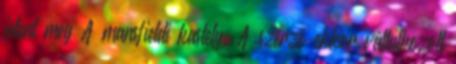
jelent meg A mansfieldi kastély. A szerző ekkor vállalkozott